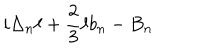
LaTeX: i \Delta _ { n } \ell + { \frac { 2 } { 3 } } \ell b _ { n } - B _ { n }